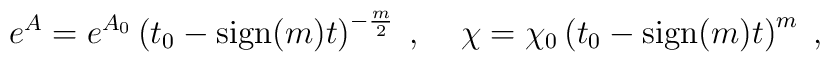
e^A = e^{A_0} \left( t_0 - {\rm sign} (m) t  \right)^{- \frac{m}{2}} \; , \; \; \; \; \chi = \chi_0 \left( t_0 - {\rm sign} (m) t \right)^m \; ,